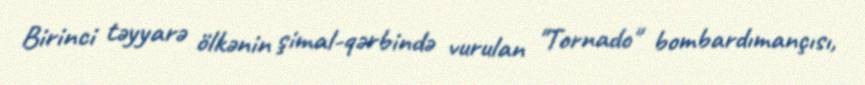
Birinci təyyarə ölkənin şimal-qərbində vurulan "Tornado" bombardımançısı,